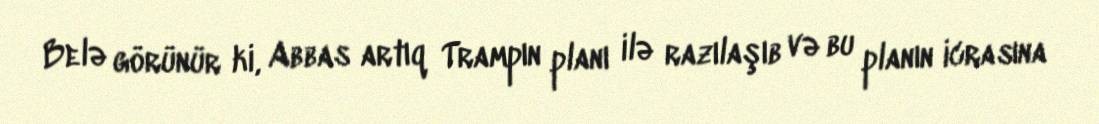
Belə görünür ki, Abbas artıq Trampın planı ilə razılaşıb və bu planın icrasına